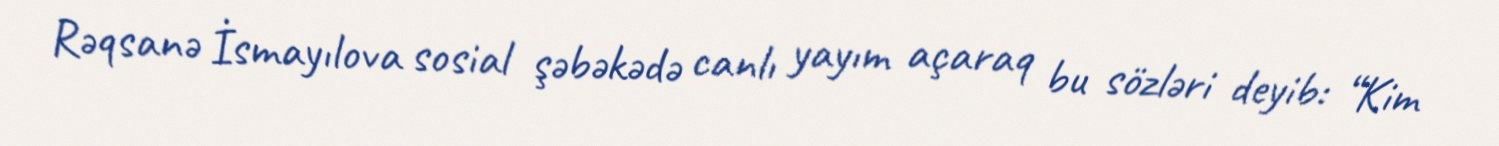
Rəqsanə İsmayılova sosial şəbəkədə canlı yayım açaraq bu sözləri deyib: “Kim